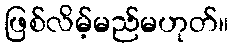
ဖြစ်လိမ့်မည်မဟုတ်။